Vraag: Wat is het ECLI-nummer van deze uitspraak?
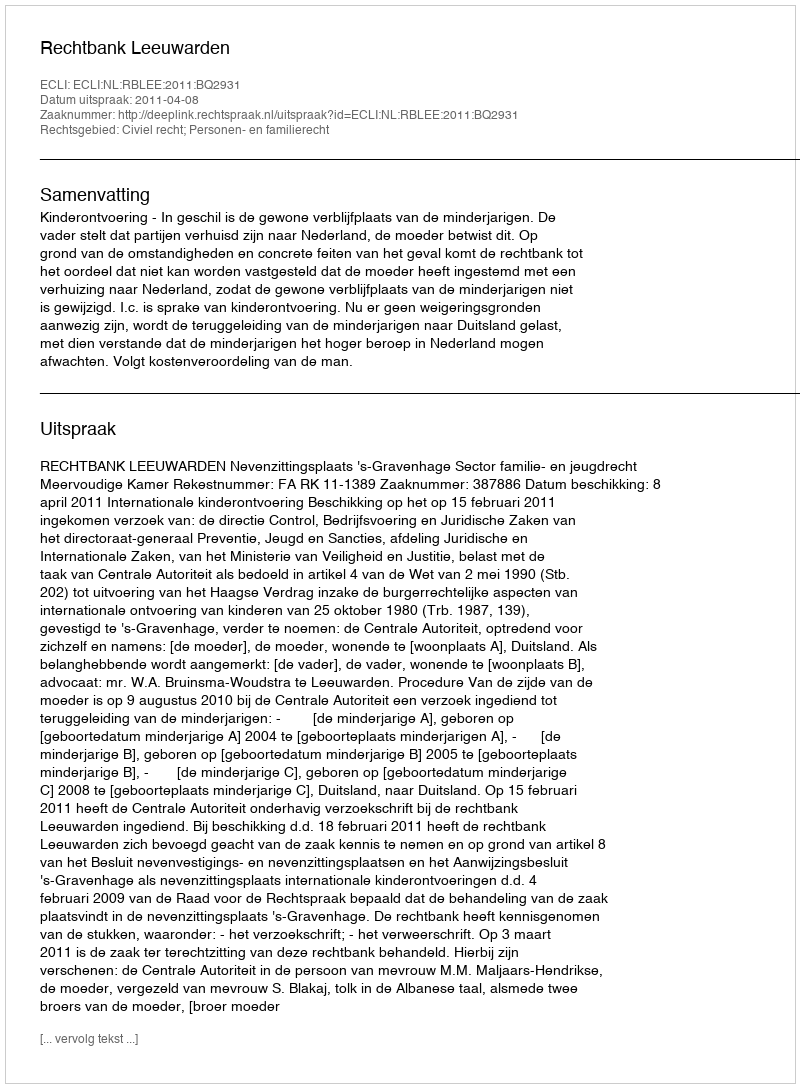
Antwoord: ECLI:NL:RBLEE:2011:BQ2931